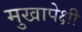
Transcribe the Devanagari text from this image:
मुखापेक्षी